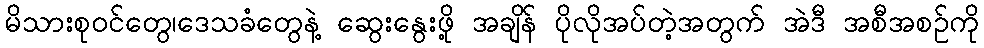
မိသားစုဝင်တွေ၊ဒေသခံတွေနဲ့ ဆွေးနွေးဖို့ အချိန် ပိုလိုအပ်တဲ့အတွက် အဲဒီ အစီအစဉ်ကို